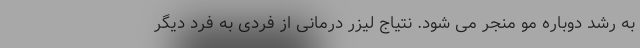
به رشد دوباره مو منجر می شود. نتیاج لیزر درمانی از فردی به فرد دیگر